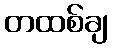
တထစ်ချ